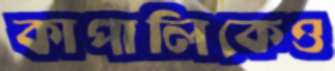
কাপালিকেও